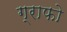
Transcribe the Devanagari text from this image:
ग्राफो